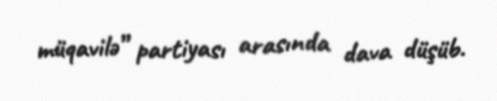
müqavilə” partiyası arasında dava düşüb.